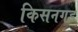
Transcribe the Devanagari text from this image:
किसनगड